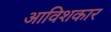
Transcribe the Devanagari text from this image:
अाविशकार